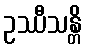
ဥဿီသန္တိ